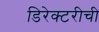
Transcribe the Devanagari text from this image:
डिरेक्टरीची